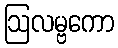
ဩလမ္ဗကော